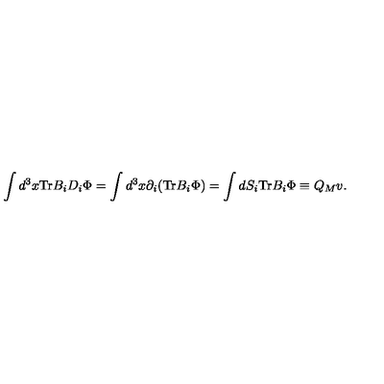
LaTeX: \int d ^ { 3 } x \mathrm { T r } B _ { i } D _ { i } \Phi = \int d ^ { 3 } x \partial _ { i } ( \mathrm { T r } B _ { i } \Phi ) = \int d S _ { i } \mathrm { T r } B _ { i } \Phi \equiv Q _ { M } v .